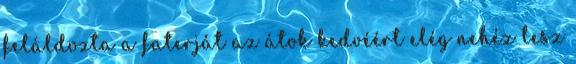
feláldozta a faterját az átok kedvéért elég nehéz lesz